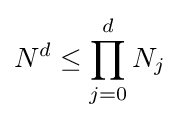
N^{d}\leq \prod _{j=0}^{d}N_{j}